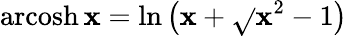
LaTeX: \operatorname{arcosh}\mathbf{x}=\ln\left(\mathbf{x}+{\sqrt{}{{\mathbf{x}^{2}-1}}}\right)